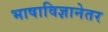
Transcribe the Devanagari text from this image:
भाषाविज्ञानेतर